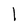
Character: 1